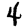
Digit: 4